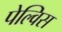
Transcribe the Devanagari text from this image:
पेल्विस